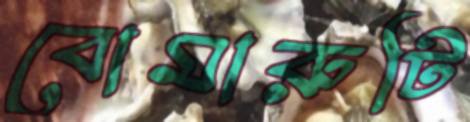
বোমারুটি